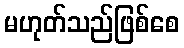
မဟုတ်သည်ဖြစ်စေ